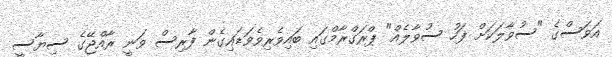
އަވަސްގެ "ސުވާލަކަށް ފަހު ސުވާލެއް" ޕްރަގްރާމްގައި ބައިވެރިވެވަޑައިގެން ފާރިސް ވަނީ ރާއްޖޭގެ ސިޔާސީ